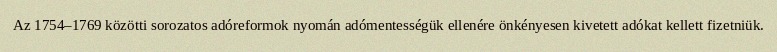
Az 1754–1769 közötti sorozatos adóreformok nyomán adómentességük ellenére önkényesen kivetett adókat kellett fizetniük.